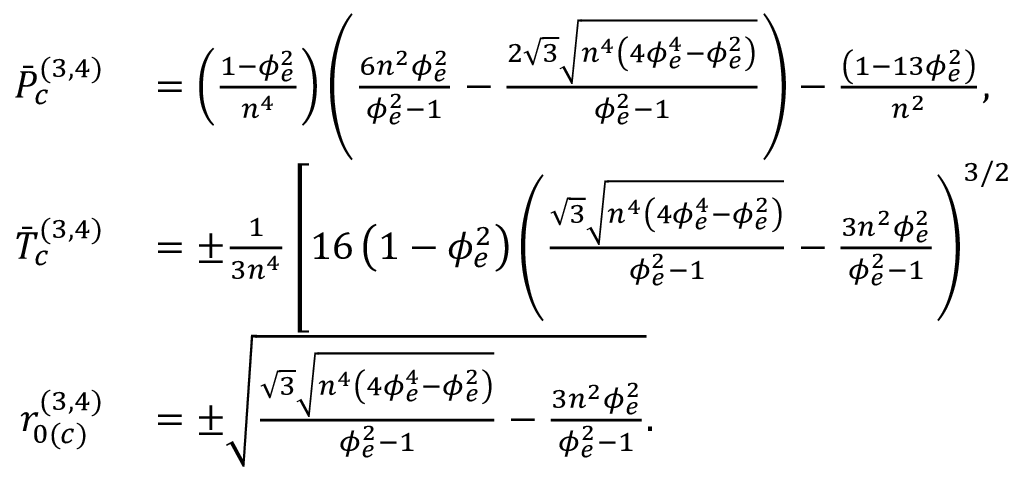
\begin{array} { r l } { \Bar { P } _ { c } ^ { ( 3 , 4 ) } } & { { } = \left( \frac { 1 - \phi _ { e } ^ { 2 } } { n ^ { 4 } } \right) \left( \frac { 6 n ^ { 2 } \phi _ { e } ^ { 2 } } { \phi _ { e } ^ { 2 } - 1 } - \frac { 2 \sqrt { 3 } \sqrt { n ^ { 4 } \left( 4 \phi _ { e } ^ { 4 } - \phi _ { e } ^ { 2 } \right) } } { \phi _ { e } ^ { 2 } - 1 } \right) - \frac { \left( 1 - 1 3 \phi _ { e } ^ { 2 } \right) } { n ^ { 2 } } , } \\ { \Bar { T } _ { c } ^ { ( 3 , 4 ) } } & { { } = \pm \frac { 1 } { 3 n ^ { 4 } } \left[ 1 6 \left( 1 - \phi _ { e } ^ { 2 } \right) \left( \frac { \sqrt { 3 } \sqrt { n ^ { 4 } \left( 4 \phi _ { e } ^ { 4 } - \phi _ { e } ^ { 2 } \right) } } { \phi _ { e } ^ { 2 } - 1 } - \frac { 3 n ^ { 2 } \phi _ { e } ^ { 2 } } { \phi _ { e } ^ { 2 } - 1 } \right) ^ { 3 / 2 } \right. } \\ { r _ { 0 ( c ) } ^ { ( 3 , 4 ) } } & { { } = \pm \sqrt { \frac { \sqrt { 3 } \sqrt { n ^ { 4 } \left( 4 \phi _ { e } ^ { 4 } - \phi _ { e } ^ { 2 } \right) } } { \phi _ { e } ^ { 2 } - 1 } - \frac { 3 n ^ { 2 } \phi _ { e } ^ { 2 } } { \phi _ { e } ^ { 2 } - 1 } } . } \end{array}